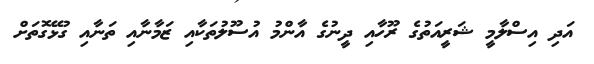
އަދި އިސްލާމީ ޝަރީއަތުގެ ރޫހާއި ދީނުގެ އާންމު އުސޫލުތަކާއި ޒަމާނާއި ތަނާއި ގުޅޭގޮތަށް